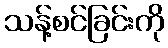
သန့်စင်ခြင်းကို